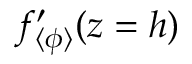
f _ { \langle \phi \rangle } ^ { \prime } ( z = h )